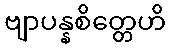
ဗျာပန္နစိတ္တေဟိ